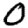
Digit: 0